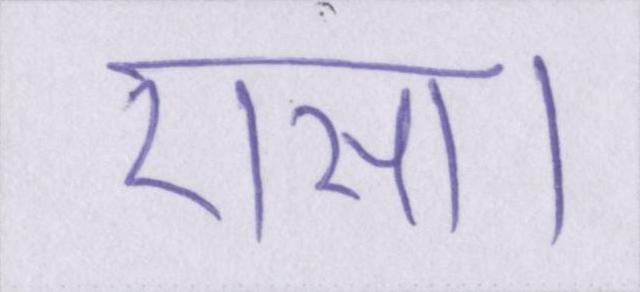
ऐसा।